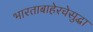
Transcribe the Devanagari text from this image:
भारताबाहेरचेसुद्धा